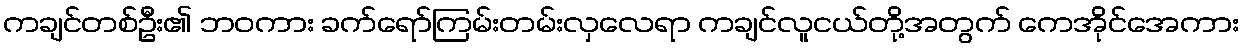
ကချင်တစ်ဦး၏ ဘဝကား ခက်ရော်ကြမ်းတမ်းလှလေရာ ကချင်လူငယ်တို့အတွက် ကေအိုင်အေကား